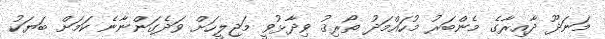
މަނަދޫ ދާއިރާގެ މެންބަރު މުހައްމަދު ތޯރިޤު ވިދާޅުވީ މަޖިލީހަށް ވަދެގަންނާނެ ކަމަށް ބަޔަކު